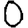
Digit: 0